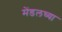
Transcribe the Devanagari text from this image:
मेंडलच्या